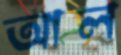
আল